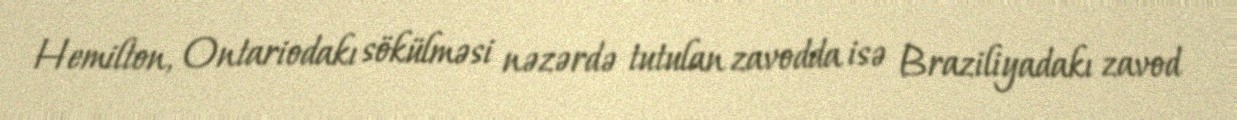
Hemilton, Ontariodakı sökülməsi nəzərdə tutulan zavodda isə Braziliyadakı zavod